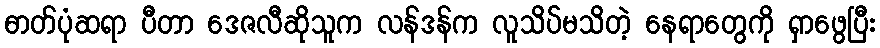
ဓာတ်ပုံဆရာ ပီတာ ဒေဇလီဆိုသူက လန်ဒန်က လူသိပ်မသိတဲ့ နေရာတွေကို ရှာဖွေပြီး